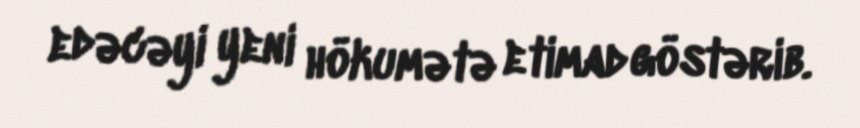
edəcəyi yeni hökumətə etimad göstərib.